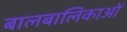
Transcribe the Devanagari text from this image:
बालबालिकाओं